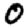
Digit: 0